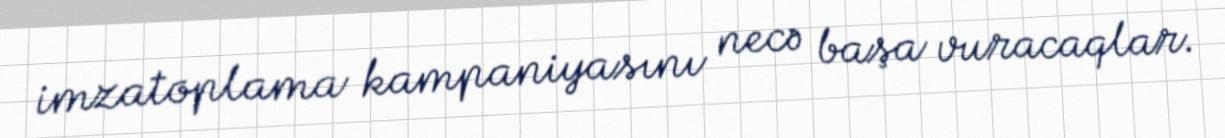
imzatoplama kampaniyasını necə başa vuracaqlar.